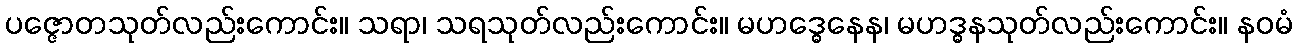
ပဇ္ဇောတသုတ်လည်းကောင်း။ သရာ၊ သရသုတ်လည်းကောင်း။ မဟဒ္ဓေနေန၊ မဟဒ္ဓနသုတ်လည်းကောင်း။ နဝမံ